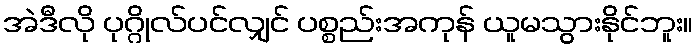
အဲဒီလို ပုဂ္ဂိုလ်ပင်လျှင် ပစ္စည်းအကုန် ယူမသွားနိုင်ဘူး။